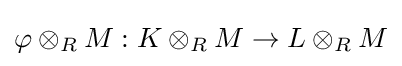
\varphi \otimes _{R}M:K\otimes _{R}M\to L\otimes _{R}M